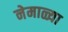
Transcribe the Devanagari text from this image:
नेमाळ्या